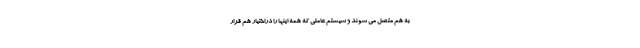
به هم متصل می شوند و سیستم عاملی که همه اینها را دراختیار هم قرار